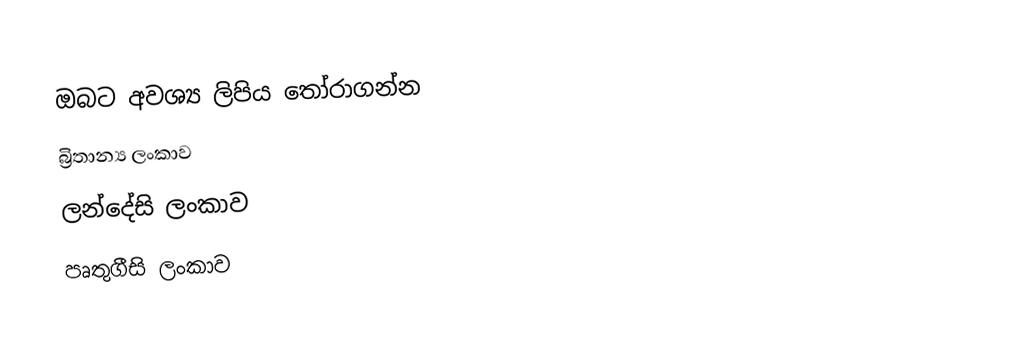
ඔබට අවශ්‍ය ලිපිය තෝරාගන්න
 බ්‍රිතාන්‍ය ලංකාව
 ලන්දේසි ලංකාව
 පෘතුගීසි ලංකාව